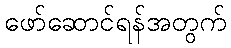
ဖော်ဆောင်ရန်အတွက်